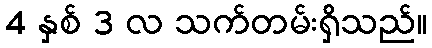
4 နှစ် 3 လ သက်တမ်းရှိသည်။